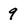
Character: 9